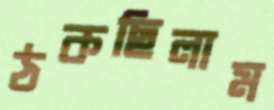
ঠকছিলাম